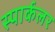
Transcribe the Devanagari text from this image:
स्पार्कलर